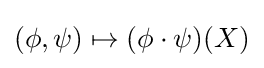
(\phi ,\psi )\mapsto (\phi \cdot \psi )(X)